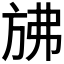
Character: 𰕧